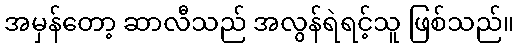
အမှန်တော့ ဆာလီသည် အလွန်ရဲရင့်သူ ဖြစ်သည်။